Lunatic asylums in Bengal annual reports 1888-1898 - 1888-1898
Year: 1888
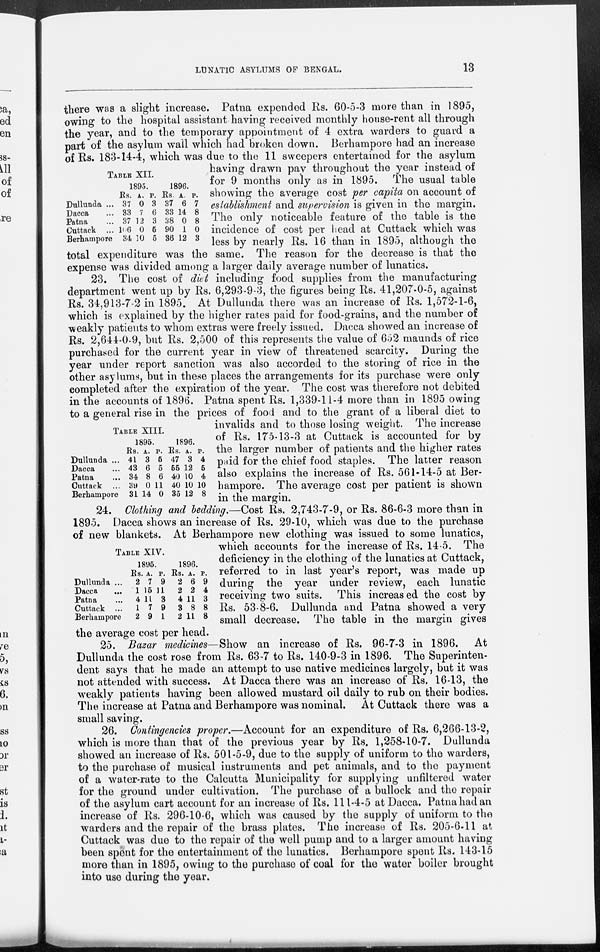
LUNATIC ASYLUMS OF BENGAL.
13
TABLE XII.
Dullunda ...
Dacca ...
Patna ...
Cuttack ...
Berhampore
1895.
Rs.
37
33
37
106
34
A.
0
7
12
0
10
P.
3
6
3
5
5
1896.
Rs.
37
33
38
90
36
A.
6
14
0
1
12
P.
7
8
8
0
3
there was a slight increase. Patna expended Rs. 60-5-3 more than in 1895,
owing to the hospital assistant having received monthly house-rent all through
the year, and to the temporary appointment of 4 extra warders to guard a
part of the asylum wall which had broken down. Berhampore had an increase
of Rs. 183-14-4, which was due to the 11 sweepers entertained for the asylum
having drawn pay throughout the year instead of
for 9 months only as in 1895. The usual table
showing the average cost per capita on account of
establishment and supervision is given in the margin.
The only noticeable feature of the table is the
incidence of cost per head at Cuttack which was
less by nearly Rs. 16 than in 1895, although the
total expenditure was the same. The reason for the decrease is that the
expense was divided among a larger daily average number of lunatics.
TABLE XIII.
Dullunda ...
Dacca ...
Patna ...
Cuttack ...
Berhampore
1895.
Rs.
41
43
34
39
31
A.
3
6
8
0
14
P.
5
5
6
11
0
1896.
Rs.
47
55
40
40
35
A.
3
12
10
10
12
P.
4
5
4
10
8
23. The cost of diet including food supplies from the manufacturing
department went up by Rs. 6,293-9-3, the figures being Rs. 41,207-0-5, against
Rs. 34,913-7-2 in 1895. At Dullunda there was an increase of Rs. 1,572-1-6,
which is explained by the higher rates paid for food-grains, and the number of
weakly patients to whom extras were freely issued. Dacca showed an increase of
Rs. 2,644-0-9, but Rs. 2,500 of this represents the value of 652 maunds of rice
purchased for the current year in view of threatened scarcity. During the
year under report sanction was also accorded to the storing of rice in the
other asylums, but in these places the arrangements for its purchase were only
completed after the expiration of the year. The cost was therefore not debited
in the accounts of 1896. Patna spent Rs. 1,339-11-4 more than in 1895 owing
to a general rise in the prices of food and to the grant of a liberal diet to
invalids and to those losing weight. The increase
of Rs. 175-13-3 at Cuttack is accounted for by
the larger number of patients and the higher rates
paid for the chief food staples. The latter reason
also explains the increase of Rs. 561-14-5 at Ber-
hampore. The average cost per patient is shown
in the margin.
TABLE XIV.
Dullunda ...
Dacca ...
Patna ...
Cuttack ...
Berhampore
1895.
Rs.
2
1
4
1
2
A.
7
15
11
7
9
P.
9
11
3
9
1
1896.
Rs.
2
2
4
3
2
A.
6
2
11
8
11
P.
9
4
3
8
8
24. Clothing and bedding.—Cost Rs. 2,743-7-9, or Rs. 86-6-3 more than in
1895. Dacca shows an increase of Rs. 29-10, which was due to the purchase
of new blankets. At Berhampore new clothing was issued to some lunatics,
which accounts for the increase of Rs. 14.5. The
deficiency in the clothing of the lunatics at Cuttack,
referred to in last year's report, was made up
during the year under review, each lunatic
receiving two suits. This increased the cost by
Rs. 53-8-6. Dullunda and Patna showed a very
small decrease. The table in the margin gives
the average cost per head.
25. Bazar medicines—Show an increase of Rs. 96-7-3 in 1896. At
Dullunda the cost rose from Rs. 63-7 to Rs. 140-9-3 in 1896. The Superinten-
dent says that he made an attempt to use native medicines largely, but it was
not attended with success. At Dacca there was an increase of Rs. 16-13, the
weakly patients having been allowed mustard oil daily to rub on their bodies.
The increase at Patna and Berhampore was nominal. At Cuttack there was a
small saving.
26. Contingencies proper.—Account for an expenditure of Rs. 6,266-13-2,
which is more than that of the previous year by Rs. 1,258-10-7. Dullunda
showed an increase of Rs. 501-5-9, due to the supply of uniform to the warders,
to the purchase of musical instruments and pet animals, and to the payment
of a water-rate to the Calcutta Municipality for supplying unfiltered water
for the ground under cultivation. The purchase of a bullock and the repair
of the asylum cart account for an increase of Rs. 111-4-5 at Dacca. Patna had an
increase of Rs. 296-10-6, which was caused by the supply of uniform to the
warders and the repair of the brass plates. The increase of Rs. 205-6-11 at
Cuttack was due to the repair of the well pump and to a larger amount having
been spent for the entertainment of the lunatics. Berhampore spent Rs. 143-15
more than in 1895, owing to the purchase of coal for the water boiler brought
into use during the year.